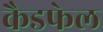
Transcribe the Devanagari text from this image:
कैडफेल